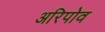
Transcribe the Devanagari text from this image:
अरिपोव